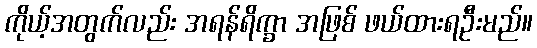
ကိုယ့်အတွက်လည်း အရန်ရိက္ခာ အဖြစ် ဖယ်ထားရဦးမည်။